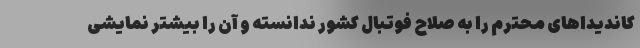
کاندیداهای محترم را به صلاح فوتبال کشور ندانسته و آن را بیشتر نمایشی